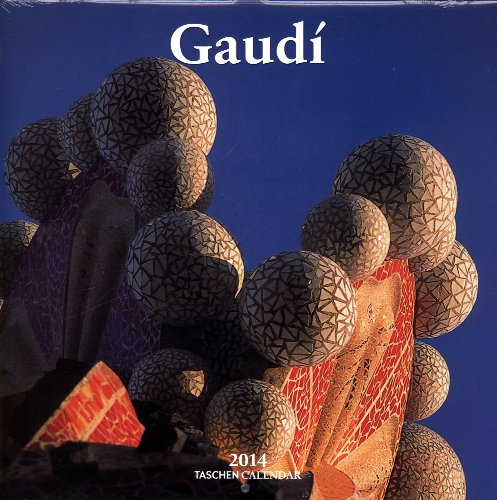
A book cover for Gaudi 2014 (Taschen Wall Calendars); Taschen; Calendars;